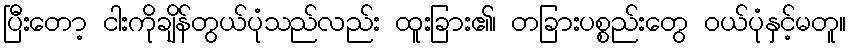
ပြီးတော့ ငါးကိုချိန်တွယ်ပုံသည်လည်း ထူးခြား၏၊ တခြားပစ္စည်းတွေ ဝယ်ပုံနှင့်မတူ။